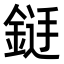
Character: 𮢐